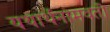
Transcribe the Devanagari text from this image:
यथार्थनामवती